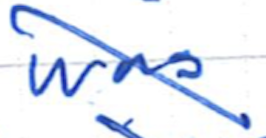
Text: was
Cross-out: diagonal
Writing tool: ballpoint